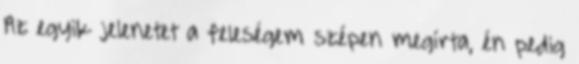
Az egyik jelenetet a feleségem szépen megírta, én pedig